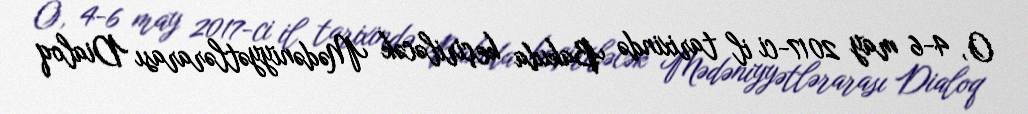
O, 4-6 may 2017-ci il tarixində Bakıda keçiriləcək Mədəniyyətlərarası Dialoq